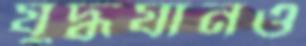
যুদ্ধযানও